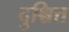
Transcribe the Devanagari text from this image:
दुश्चित्त